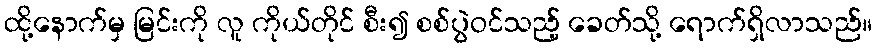
ထို့နောက်မှ မြင်းကို လူ ကိုယ်တိုင် စီး၍ စစ်ပွဲဝင်သည့် ခေတ်သို့ ရောက်ရှိလာသည်။